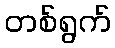
တစ်ရွက်